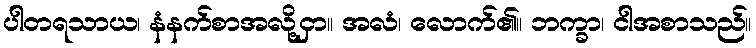
ပါတရသာယ၊ နံနက်စာအလို့ငှာ။ အလံ၊ လောက်၏။ ဘက္ခာ၊ ငါအစာသည်။